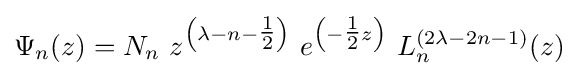
\Psi _{n}(z)=N_{n}\ z^{\left(\lambda -n-{\tfrac {1}{2}}\right)}\ e^{\left(-{\tfrac {1}{2}}z\right)}\ L_{n}^{(2\lambda -2n-1)}(z)\